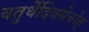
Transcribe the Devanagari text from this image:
चतुर्थेदिवसेचरेत्